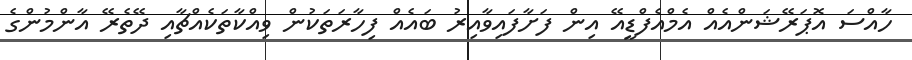
ހާއްސަ އޮޕަރޭޝަންއެއް އެމްއެފްޑީއޭ އިން ފަށާފައިވާއިރު ބައެއް ފިހާރަތަކުން ވިއްކާތަކެއްޗާއި ދޭތެރޭ އާންމުންގެ